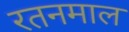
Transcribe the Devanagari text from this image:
रतनमाल